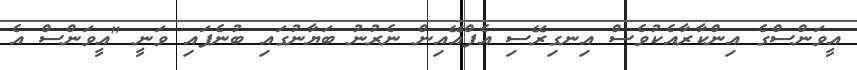
އީވަންސްގެ އިންކާރާއެކުވެސް އިނގިރޭސި އެފްއޭއިން ނެރުނު ބަޔާނުގައި ބުނެފައި ވަނީ "އީވަންސް އެ